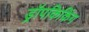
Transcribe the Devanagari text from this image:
ड्रॉपकिकिंग